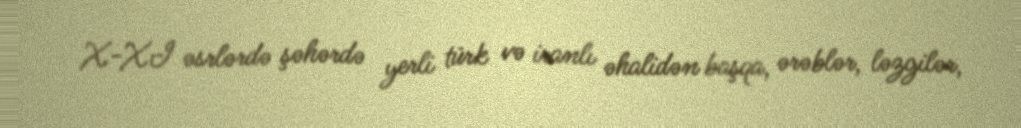
X-XI əsrlərdə şəhərdə yerli türk və iranlı əhalidən başqa, ərəblər, ləzgilər,